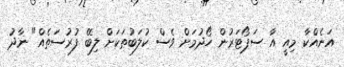
އަނެއްކާ މިއީ އާ ސަޕޯޓަރުން ހޯދުމަށް ވެސް ކުލަބުތަކަށް ލިބޭ ފުރުސަތެއް" ނާދު